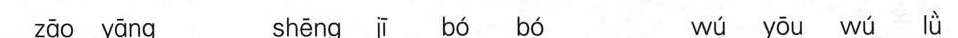
zāo yāng shēng jī bó bó wú yōu wú lǜ